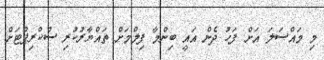
މި މައްސަލަ އަށް ފަހު ދެން އައީ ބިންމާ ފިލްމަށް ތައްޔާރުކުރި ސްކްރިޕްޓަށް